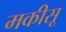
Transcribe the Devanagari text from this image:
मकीसू